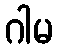
ဂါမ